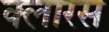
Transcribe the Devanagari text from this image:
क्लारस